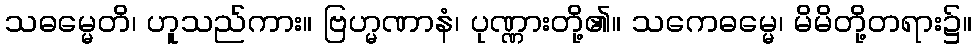
သဓမ္မေတိ၊ ဟူသည်ကား။ ဗြဟ္မဏာနံ၊ ပုဏ္ဏားတို့၏။ သကေဓမ္မေ၊ မိမိတို့တရား၌။